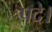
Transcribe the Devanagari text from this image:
पदे।